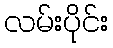
လမ်းပိုင်း